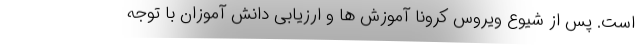
است. پس از شیوع ویروس کرونا آموزش ها و ارزیابی دانش آموزان با توجه